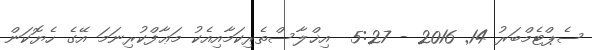
ސެޕްޓެމްބަރު 14